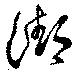
潮